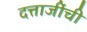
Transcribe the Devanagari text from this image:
दत्ताजींची